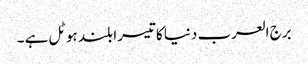
برج العرب دنیا کا تیسرا بلند ہوٹل ہے ۔